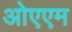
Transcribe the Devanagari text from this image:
ओएएम